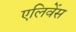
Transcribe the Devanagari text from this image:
एलिवेंस